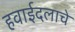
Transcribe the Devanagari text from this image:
हवाईदलाचे